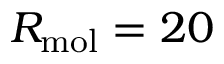
R _ { \mathrm { m o l } } = 2 0